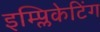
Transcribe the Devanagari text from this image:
इम्प्लिकेटिंग